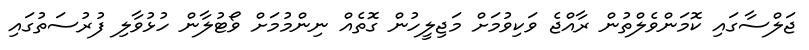
ޖަލްސާގައި ކޮމަންވެލްތުން ރާއްޖެ ވަކިވުމަށް މަޖިލީހުން ގޮތެއް ނިންމުމަށް ވޯޓުލާން ހުޅުވާލި ފުރުސަތުގައި